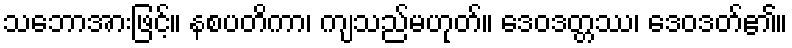
သဘောအားဖြင့်။ နစပတိကာ၊ ကျသည်မဟုတ်။ ဒေဝဒတ္တဿ၊ ဒေဝဒတ်၏။